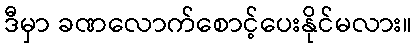
ဒီမှာ ခဏလောက်စောင့်ပေးနိုင်မလား။